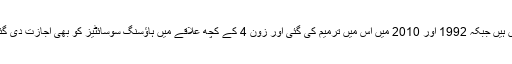
ایڈیشنل اٹارنی جنرل نے بتایا کہ 1960 کے نقشے کے مطابق زون 4 میں سڑکیں ہیں جبکہ 1992 اور 2010 میں اس میں ترمیم کی گئی اور زون 4 کے کچھ علاقے میں ہاؤسنگ سوسائٹیز کو بھی اجازت دی گئی لیکن اس کے باوجود ابھی کافی سارا علاقہ موجود ہے، جسے بچایا جاسکتا ہے۔